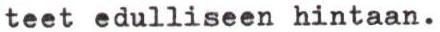
teet edulliseen hintaan.